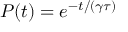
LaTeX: P ( t ) = e ^ { - t / ( \gamma \tau ) }